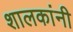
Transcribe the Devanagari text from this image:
शालकांनी